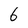
Character: 6